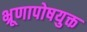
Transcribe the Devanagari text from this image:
भ्रूणापोषयुक्त